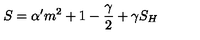
S = \alpha ^ { \prime } { \sl m } ^ { 2 } + 1 - \frac \gamma 2 + \gamma S _ { H }